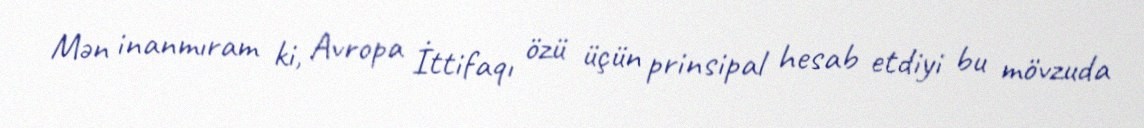
Mən inanmıram ki, Avropa İttifaqı özü üçün prinsipal hesab etdiyi bu mövzuda